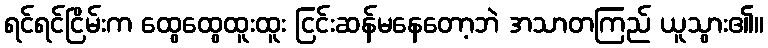
ရင်ရင်ငြိမ်းက ထွေထွေထူးထူး ငြင်းဆန်မနေတော့ဘဲ အသာတကြည် ယူသွား၏။